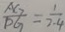
\frac { A G } { D G } = \frac { 1 } { 2 . 4 }